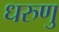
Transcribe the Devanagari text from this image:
धरुणु